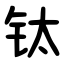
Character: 钛